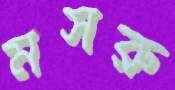
মসরু